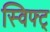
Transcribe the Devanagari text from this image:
स्विफ्ट्